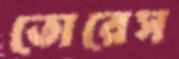
তোরেস